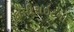
કોપીરાઇટનો